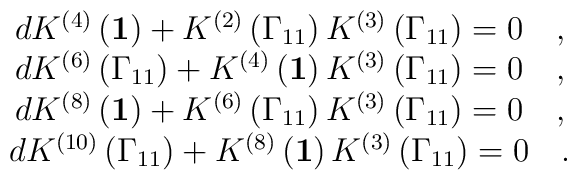
\begin{array}{c}dK^{\left( 4\right) }\left( {\bf 1}\right) +K^{\left( 2\right) }\left( \Gamma _{11}\right) K^{\left(3\right) }\left( \Gamma _{11}\right) =0\quad , \\ dK^{\left( 6\right)}\left( \Gamma _{11}\right) +K^{\left( 4\right) }\left( {\bf 1}\right) K^{\left( 3\right) }\left( \Gamma _{11}\right) =0\quad , \\ dK^{\left( 8\right) }\left( {\bf 1}\right) +K^{\left( 6\right) }\left( \Gamma _{11}\right) K^{\left(3\right) }\left( \Gamma _{11}\right) =0\quad , \\ dK^{\left( 10\right)}\left( \Gamma _{11}\right) +K^{\left( 8\right) }\left( {\bf 1}\right)K^{\left( 3\right) }\left( \Gamma _{11}\right) =0\quad .\end{array}